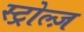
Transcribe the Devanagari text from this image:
स्ट्रोल्ज़